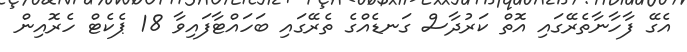
އެގޭ ފާހާނާތެރޭގައި އޮތް ކަރުދާސް ގަނޑެއްގެ ތެރޭގައި ބަހައްޓާފައިވާ 18 ޕެކެޓް ހެރޮއިން